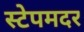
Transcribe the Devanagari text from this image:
स्टेपमदर